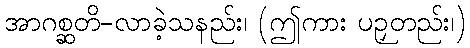
အာဂစ္ဆတိ-လာခဲ့သနည်း၊ (ဤကား ပဉှတည်း၊)